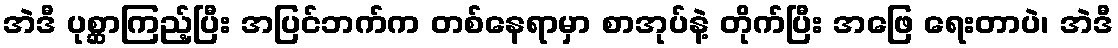
အဲဒီ ပုစ္ဆာကြည့်ပြီး အပြင်ဘက်က တစ်နေရာမှာ စာအုပ်နဲ့ တိုက်ပြီး အဖြေ ရေးတာပဲ၊ အဲဒီ